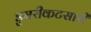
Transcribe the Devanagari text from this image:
डुमरीकटसारी